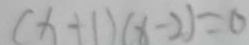
( x + 1 ) ( x - 2 ) = 0